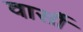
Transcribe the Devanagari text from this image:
वार्सौ